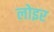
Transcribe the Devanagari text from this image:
लोइर